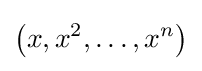
\left(x,x^{2},\ldots ,x^{n}\right)